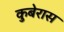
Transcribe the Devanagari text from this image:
कुबेरास